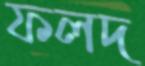
ফলদ